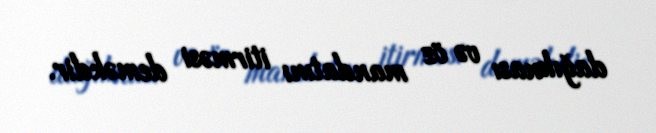
dağılması və öz mandatını itirməsi deməkdir.